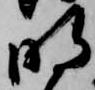
明